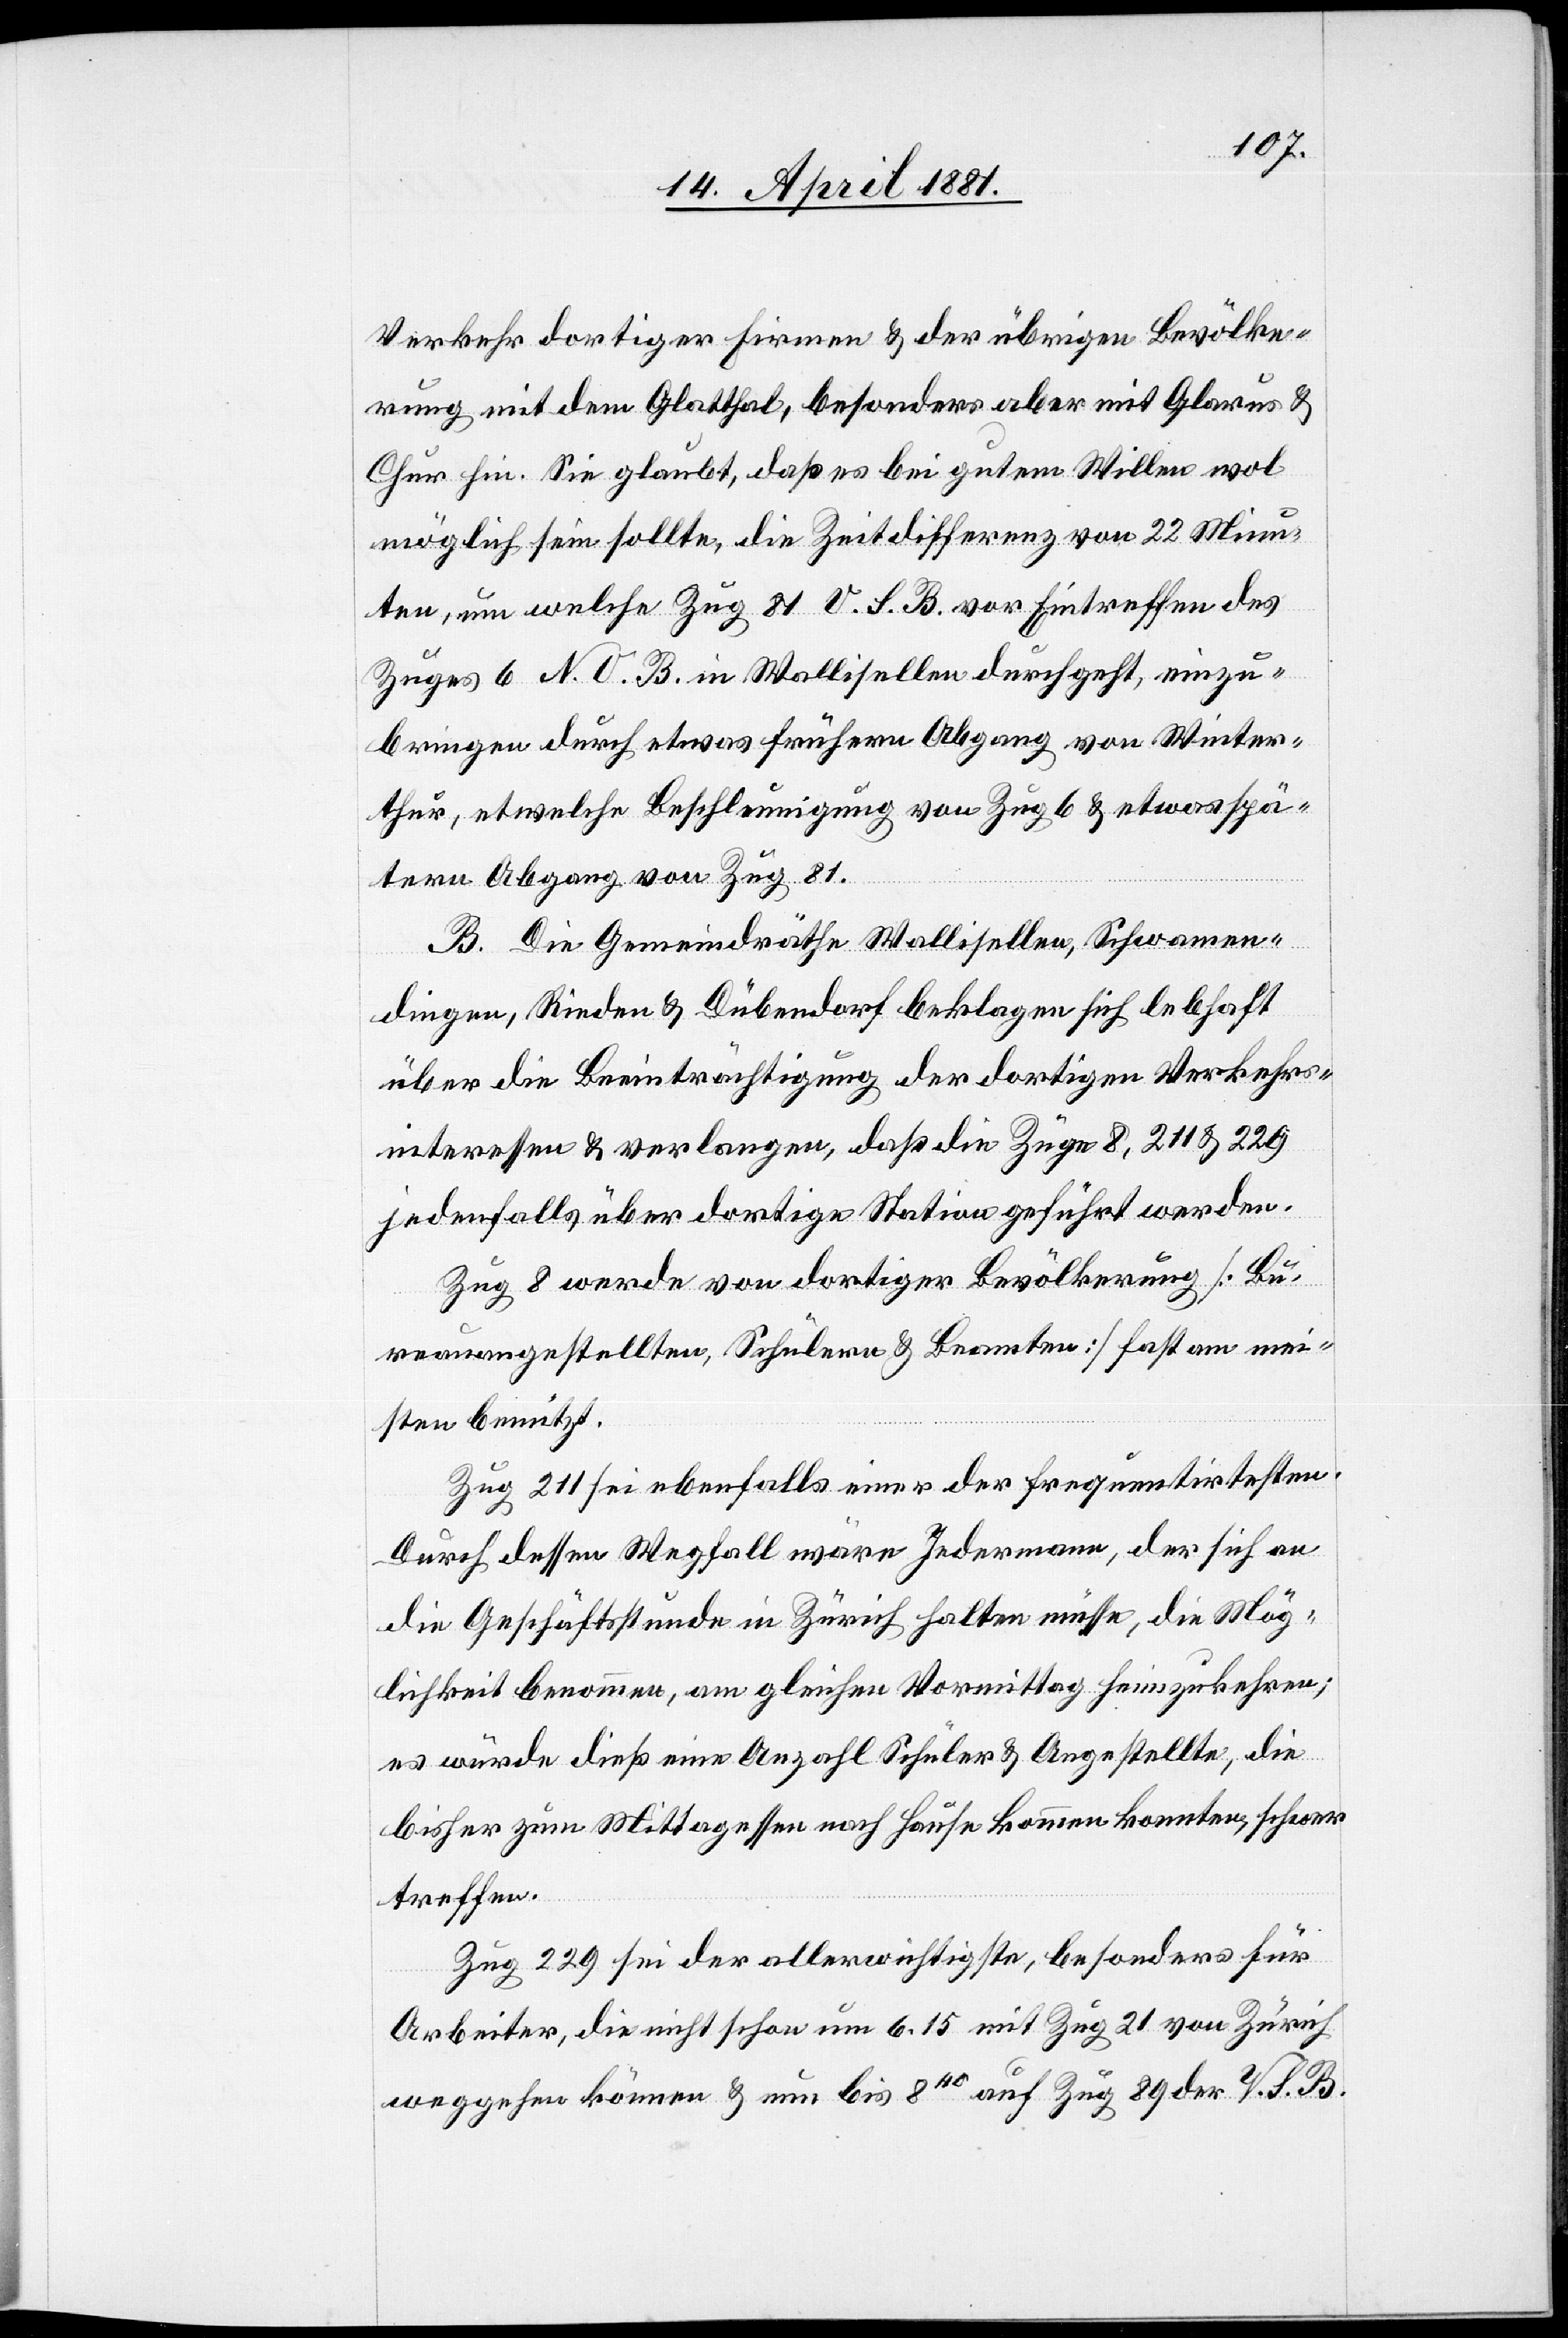
Verkehr dortiger Firmen & der übrigen Bevölke¬
rung mit dem Glatthal, besonders aber mit Glarus &
Chur hin. Sie glaubt, daß es bei gutem Willen wol
möglich sein sollte, die Zeitdifferenz von 22 Minu¬
ten, um welche Zug 81 V. S. B. vor Eintreffen des
Zuges 6 N. O. B. in Wallisellen durchgeht, einzu¬
bringen durch etwas früheren Abgang von Winter¬
thur, etwelche Beschleunigung von Zug 6 & etwas spä¬
teren Abgang von Zug 81.
B. Die Gemeindräthe Wallisellen, Schwamen¬
dingen, Rieden & Dübendorf beklagen sich lebhaft
über die Beeinträchtigung der dortigen Verkehrs¬
interessen & verlangen, daß die Züge 8, 211 & 229
jedenfalls über dortige Station geführt werden.
Zug 8 werde von dortiger Bevölkerung [Bu¬
reauangestellten, Schülern & Beamten] fast am mei¬
sten benutzt.
Zug 211 sei ebenfalls einer der frequentirtesten.
Durch dessen Wegfall wäre Jedermann, der sich an
die Geschäftsstunden in Zürich halten müsse, die Mög¬
lichkeit benommen, am gleichen Vormittag heimzukehren;
es würde dies eine Anzahl Schüler & Angestellte, die
bisher zum Mittagessen nach Hause kommen konnten, schwer
treffen.
Zug 229 sei der allerwichtigste, besonders für
Arbeiter, die nicht schon um 6.15 mit Zug 21 von Zürich
weggehen können & nun bis 840 auf Zug 89 der V. S. B.